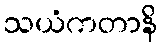
သယံကတာနိ